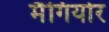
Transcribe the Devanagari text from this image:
मैगियोर